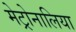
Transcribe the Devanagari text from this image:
मेट्रोनालिया